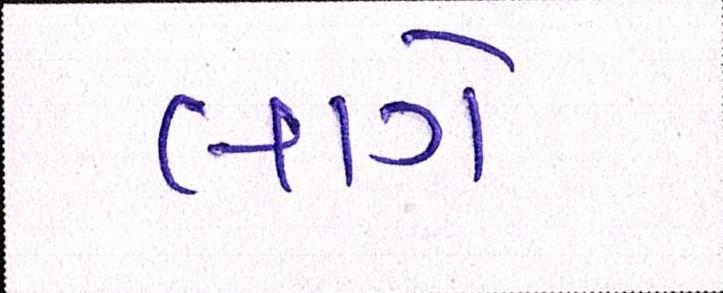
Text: લાગે